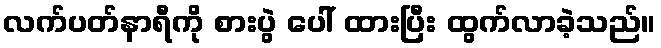
လက်ပတ်နာရီကို စားပွဲ ပေါ် ထားပြီး ထွက်လာခဲ့သည်။